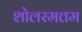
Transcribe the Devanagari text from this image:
शोलरमत्तम